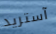
آستريد